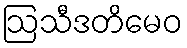
ဩသီဒတိမေဝ